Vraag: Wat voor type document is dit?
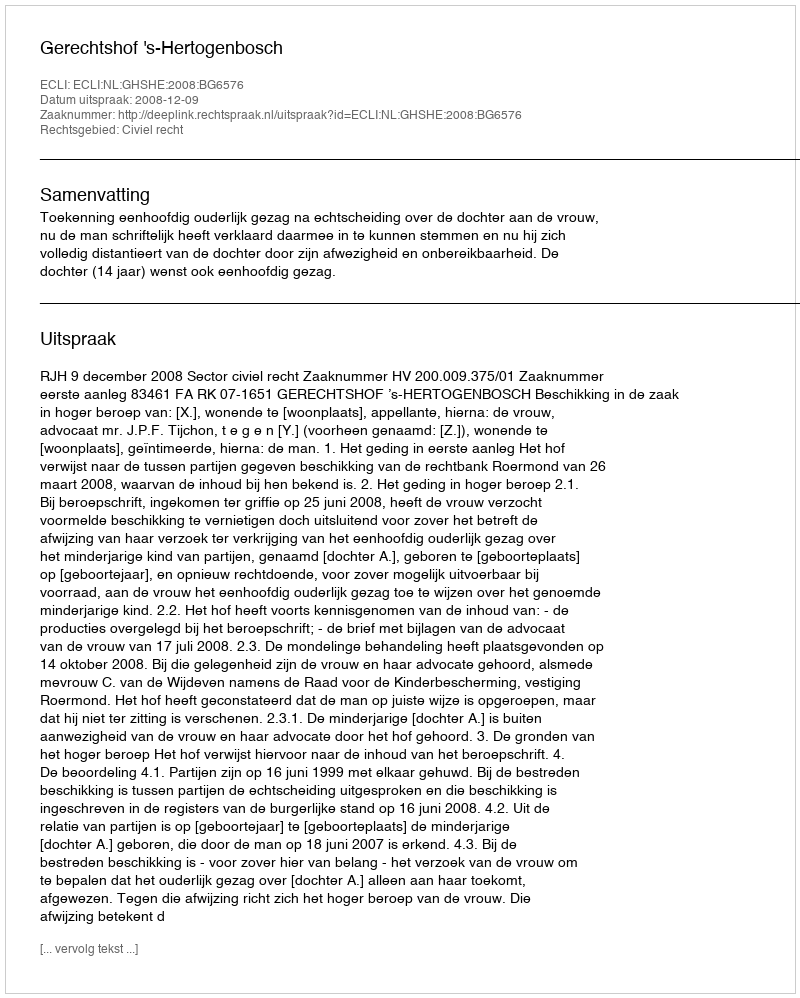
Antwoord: Uitspraak